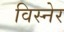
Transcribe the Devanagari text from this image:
विस्नेर